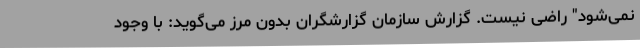
نمی‌شود" راضی نیست. گزارش سازمان گزارشگران بدون مرز می‌گوید: با وجود